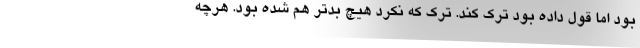
بود اما قول داده بود ترک کند. ترک که نکرد هیچ بدتر هم شده بود. هرچه